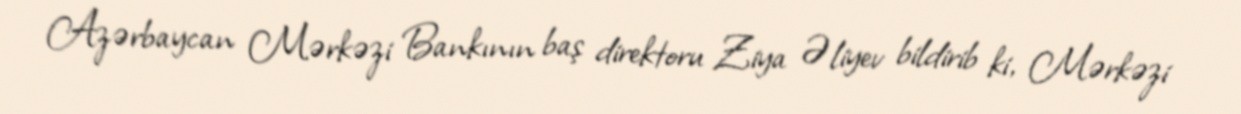
Azərbaycan Mərkəzi Bankının baş direktoru Ziya Əliyev bildirib ki, Mərkəzi